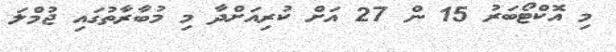
މި އޮކްޓޯބަރު 15 ން 27 އަށް ކުރިއަށްދާ މި މުބާރާތުގައި ޖުމްލަ